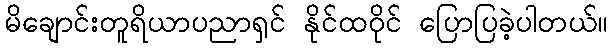
မိချောင်းတူရိယာပညာရှင် နိုင်ထဝိုင် ပြောပြခဲ့ပါတယ်။